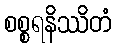
စစ္စရနိဿိတံ